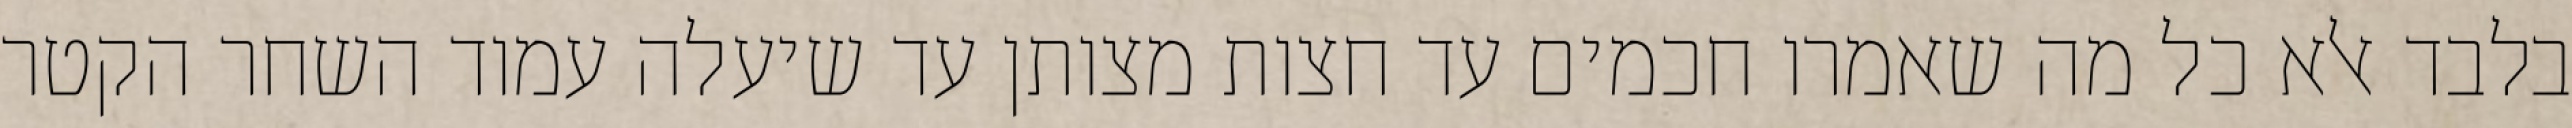
בלבד אלא כל מה שאמרו חכמים עד חצות מצותן עד שיעלה עמוד השחר הקטר